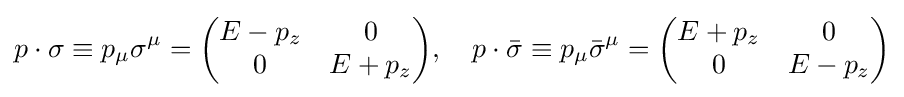
p\cdot \sigma \equiv p_{\mu }\sigma ^{\mu }={\begin{pmatrix}E-p_{z}&0\\0&E+p_{z}\end{pmatrix}},\quad p\cdot {\bar {\sigma }}\equiv p_{\mu }{\bar {\sigma }}^{\mu }={\begin{pmatrix}E+p_{z}&0\\0&E-p_{z}\end{pmatrix}}